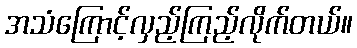
အသံကြောင့်လှည့်ကြည့်လိုက်တယ်။